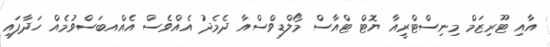
އާއި ޓޫރިޒަމް މިނިސްޓްރީއާ ޔޮޓް ޓްއާސް މޯލްޑިވްސްއާ ދެމެދު އެއްވެސް އެއްއބަސްވުމެއް ހަދާފައި